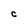
Character: C